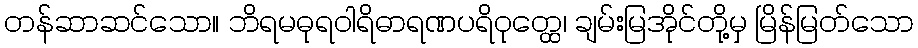
တန်ဆာဆင်သော။ ဘိရမဓုရဝါရိဓာရဏပရိဝုတ္ထေ၊ ချမ်းမြအိုင်တို့မှ မြိန်မြတ်သော